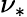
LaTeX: \nu_{\ast}